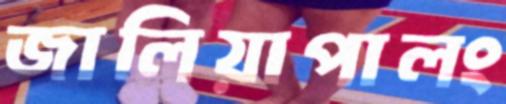
জালিয়াপালং